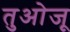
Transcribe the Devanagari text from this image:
तुओजू